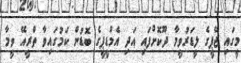
މީގައި ޖޭޕީގެ ލީޑަރުވީމާ ދޫކޮށްފައި އަދި އެމްޑީޕީގެ ބޮޑުން ކަމުގައިވާ ތްރީއޭ ވީމާ